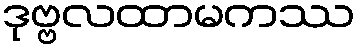
ဒုဗ္ဗလထာမကဿ